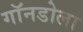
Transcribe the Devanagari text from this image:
गॉनडोला